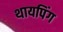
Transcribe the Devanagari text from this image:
थायपिंग